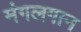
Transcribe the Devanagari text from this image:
मंगलगान